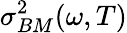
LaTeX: \sigma_{BM}^{2}(\omega,T)